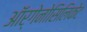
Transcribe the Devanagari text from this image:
ऑर्गेनोसिलिकेट